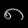
Digit: ၈